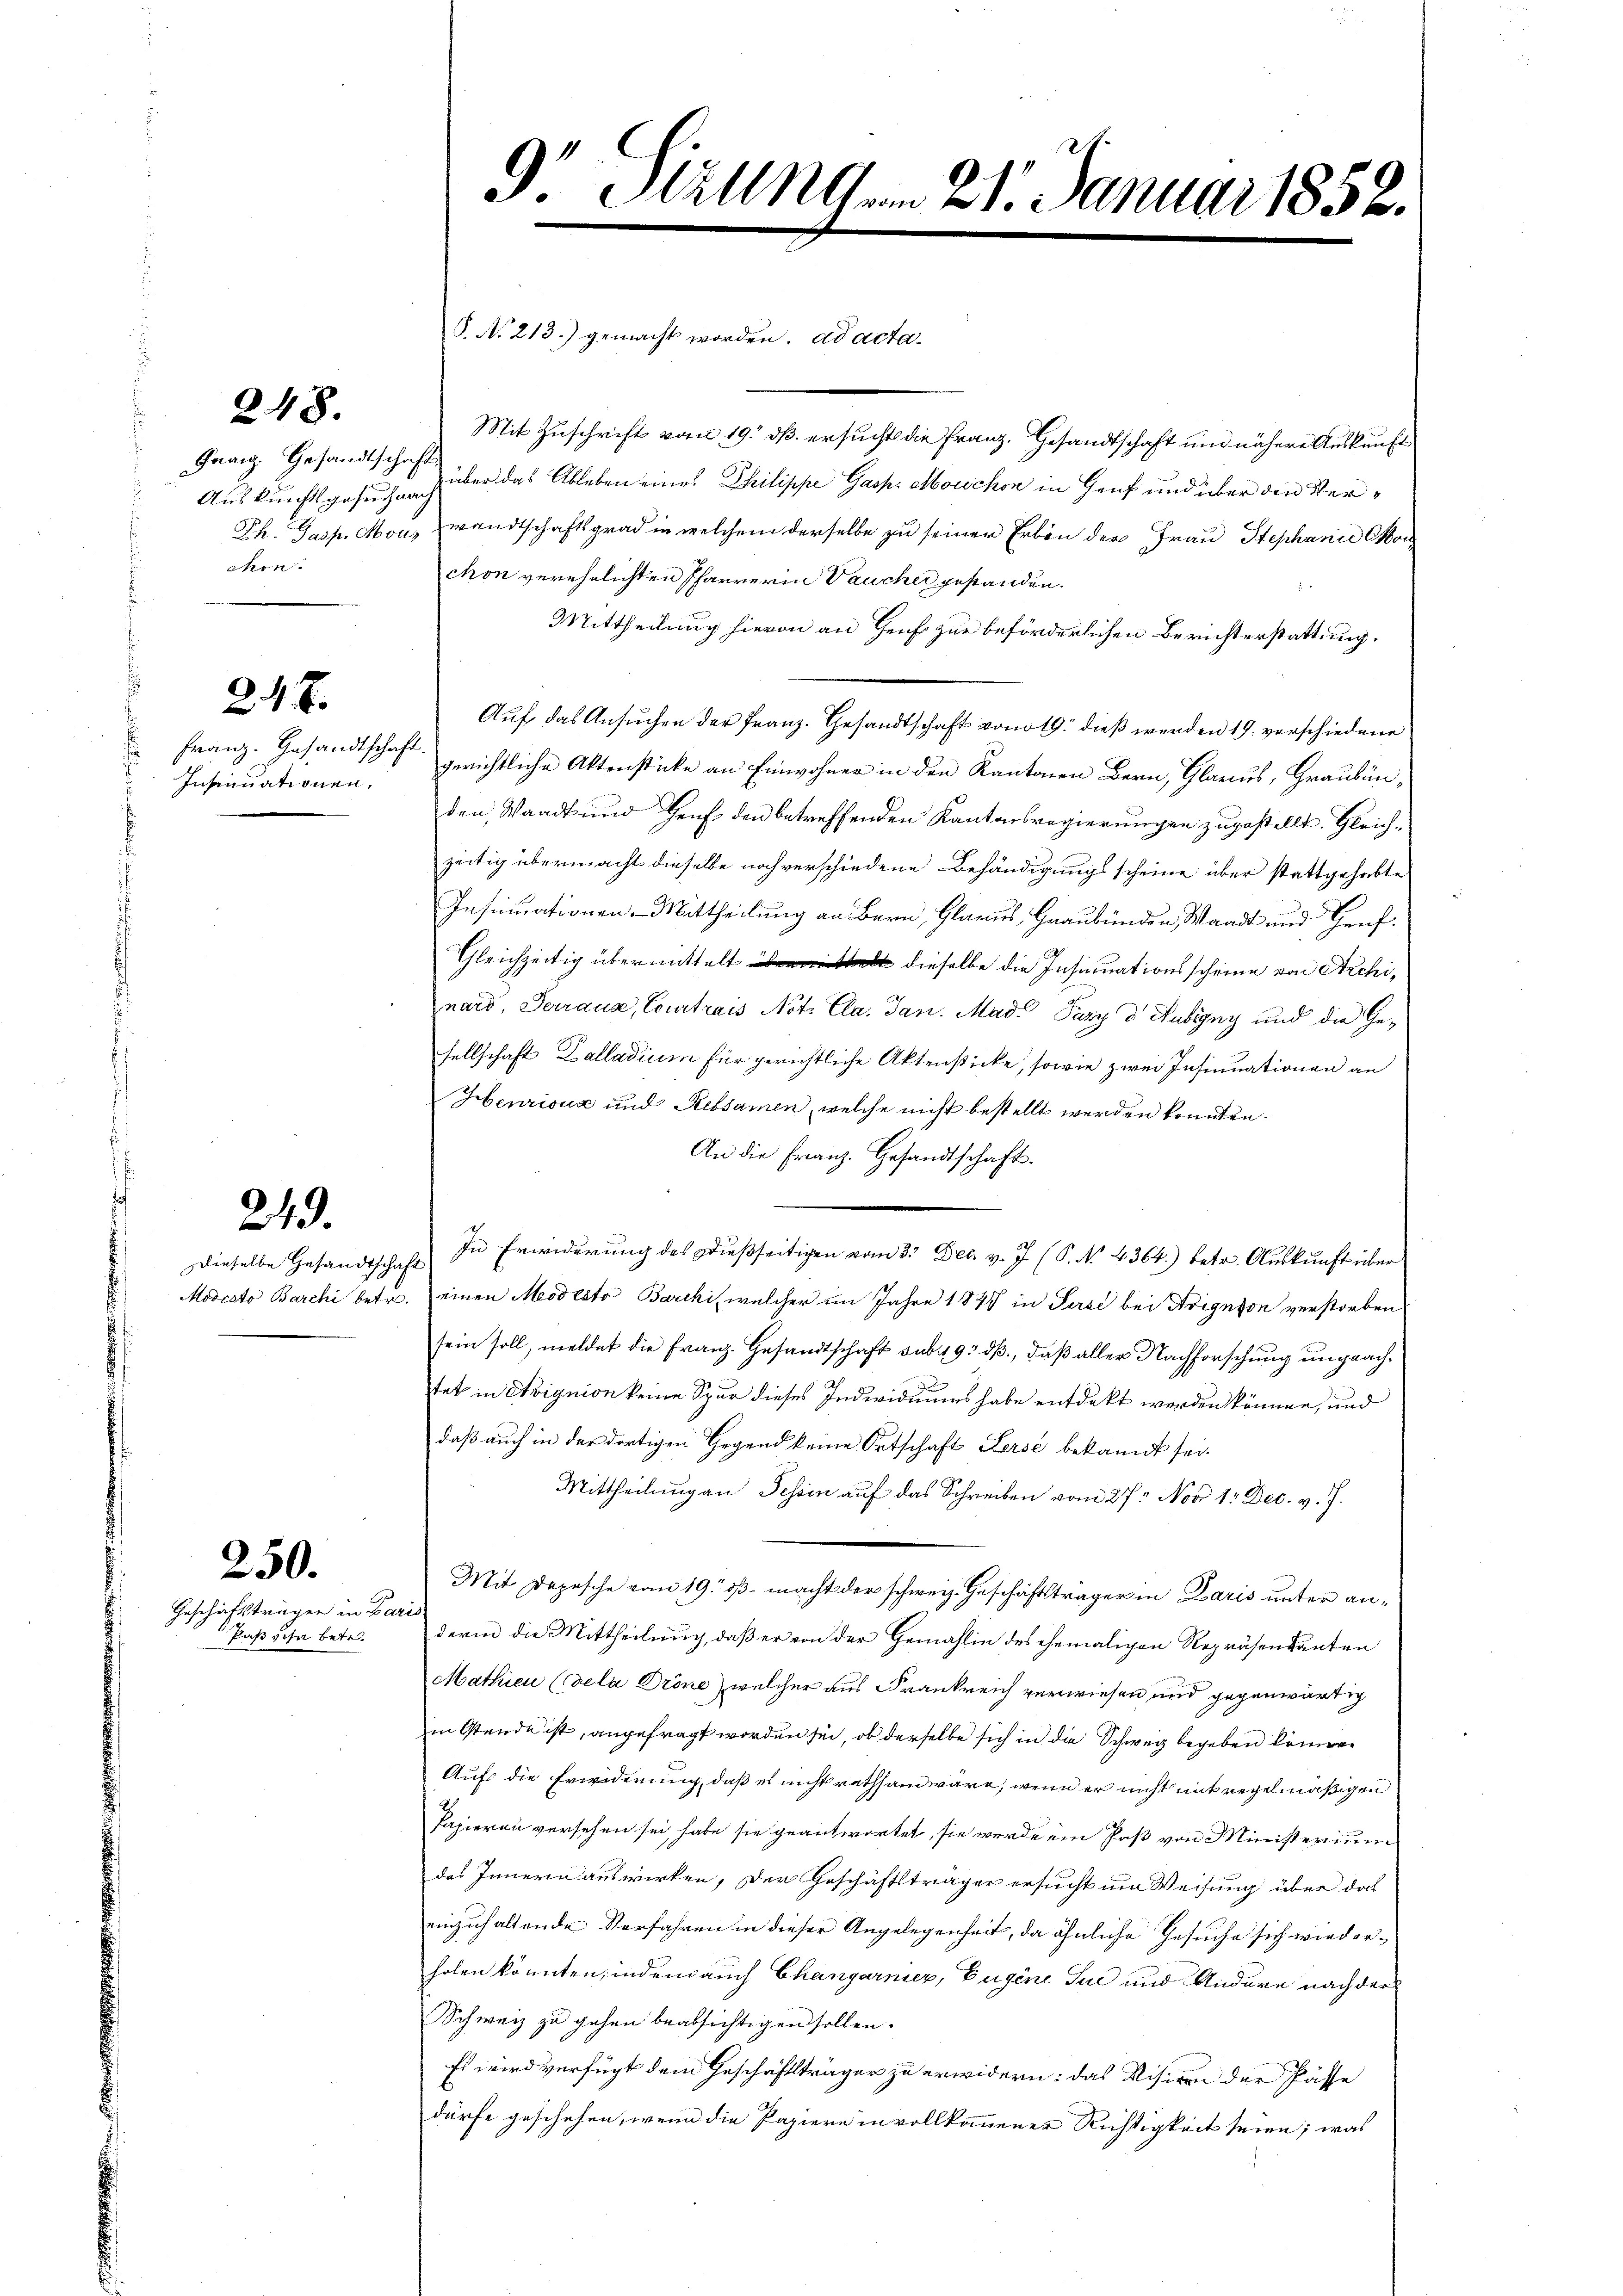
248.

Granz. Gesandtschafts
chon.

217.

Insinuationen,

249.

Geschäftsträgen in Paris
Pas visa betr.

250.

9. Sizung 21. Januar 1852.

§. No. 213.) gemacht worden. ad acta¬
Mit Zuschrift vom 19. dß ersucht die Franz. Gesandtschaft und nähere Auskunft
Auskunftsgesuch über das Ableben eines Philippe Gasp. Mouchen in Genf und über den Ster¬
Th. Jasp. Mon, wandtschaftsgrad in welchem derselbe zu seiner Erben der Frau Stephanie Con
chon verehelichten Pfarrerin Vaucher gestanden.
Mittheilung hievon an Genf zur beförderlichen Berichterstattung.
Auf das Ansuchen der Franz. Gesandtschaft von 19. dieß werden 19. verschiedene
Franz. Gesandtschaft gerichtliche Aktenstücke an Einwohner in den Kantonen Bern, Glarus, Graubünden, Waadt und Genf den betreffenden Kantonsregierungen zugestellt. Gleichzeitig übermacht dieselbe noch verschiedene Behändigungsscheine über stattgehabte
Insinuationen-Mittheilung an Bern, Glarus, Graubünden Waadt und Genf¬
Gleichzeitig übermittelt dieselbe die Insinuationsscheine von Archinard, Terrana, Courtrais Notz Cla. Jan. Mad. Pary d. Aubryny und die Gesellschaft Balladium für gerichtliche Aktensticke, sowie zwei Insinuationen an
Henrisua und Rebsamen, welche nicht bestellt werden konnten.
An die Franz. Gesandtschaft.
dieselbe Gesandtschaft. In Erwiderŭng des dießseitigen vom 3. Dec. v. J. (S. No. 4364.) betr. Aŭskŭnft über
Modesto Barchi betr. einen Modesto Barcki welcher im Jahre 1877 in Surse bei Arignson verstorben
sein soll, meldet die Franz. Gesandtschaft sub 1419. dβ, daß aller Nachforschung ungeachttat in Avignion keine Spur dieses Individuums habe entdeckt werden können, und
daß auch in der dortigen Gegend keine Ortschaft Zerse bekannt sei.
Mittheilung an Tessin auf das Schreiben vom 27. Nov. 1. Dec. v. J.
Mit Depesche vom 19. ds. macht der schweiz. Geschäftsträger in Paris unter anderin die Mittheilung, daß er von der Gemahlin des ehemaligen Repräsentanten
Mathien (dela Dröne welcher aus Frankreich verwiesen und gegenwärtig
in Ostende ist, angefragt worden sei, ob derselbe sich in die Schweiz begeben können.
Auf die Erwiderung, daß es nicht rathhand wäre, wenn er nicht mit regelmäßigen
Papieren versehen sei, habe sie geantwortet, sie werde ein Paß von Ministerium
des Innern auswirken, der Geschäftsträger ersucht im Weisung über das
einzuhaltende Verfahren in dieser Angelegenheit, da ähnliche Gesuche sich wiederholen könnten, inden auch Changarnier, Eugene Jul und Andere nach der
Schweiz zu gehen beabsichtigen sollen.
Es wird verfügt dem Geschäftsträger zu erwidern: das Visiren der Pässe
dürfe geschehen, wenn die Papiere in vollkommener Richtigkeit seien; was